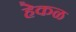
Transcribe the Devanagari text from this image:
हेकळ